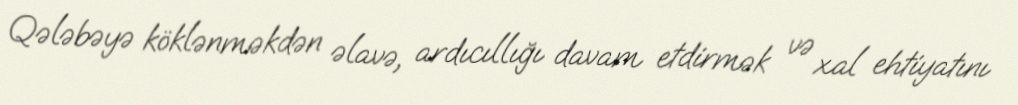
Qələbəyə köklənməkdən əlavə, ardıcıllığı davam etdirmək və xal ehtiyatını